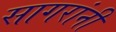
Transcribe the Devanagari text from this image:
सागरांनी